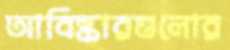
আবিষ্কারগুলোর